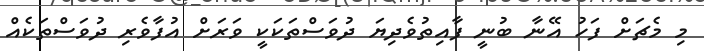
މި މެޗަށް ފަހު އޭނާ ބުނީ ފާއިތުވެދިޔަ ދުވަސްތަކަކީ ވަރަށް އުފާވެރި ދުވަސްތަކެއް